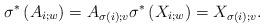
LaTeX: \begin{align*}\sigma^*\left(A_{i;w}\right)=A_{\sigma(i);v} \sigma^*\left(X_{i;w}\right)=X_{\sigma(i);v}.\end{align*}